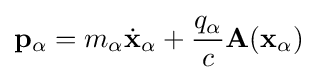
\mathbf {p} _{\alpha }=m_{\alpha }{\dot {\mathbf {x} }}_{\alpha }+{\frac {q_{\alpha }}{c}}\mathbf {A} (\mathbf {x} _{\alpha })